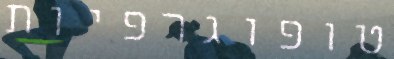
טופוגרפיות